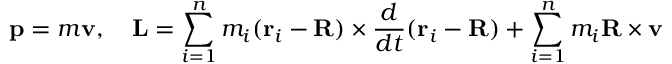
\mathbf { p } = m \mathbf { v } , \quad \mathbf { L } = \sum _ { i = 1 } ^ { n } m _ { i } ( \mathbf { r } _ { i } - \mathbf { R } ) \times { \frac { d } { d t } } ( \mathbf { r } _ { i } - \mathbf { R } ) + \sum _ { i = 1 } ^ { n } m _ { i } \mathbf { R } \times \mathbf { v }